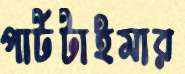
পার্টটাইমার